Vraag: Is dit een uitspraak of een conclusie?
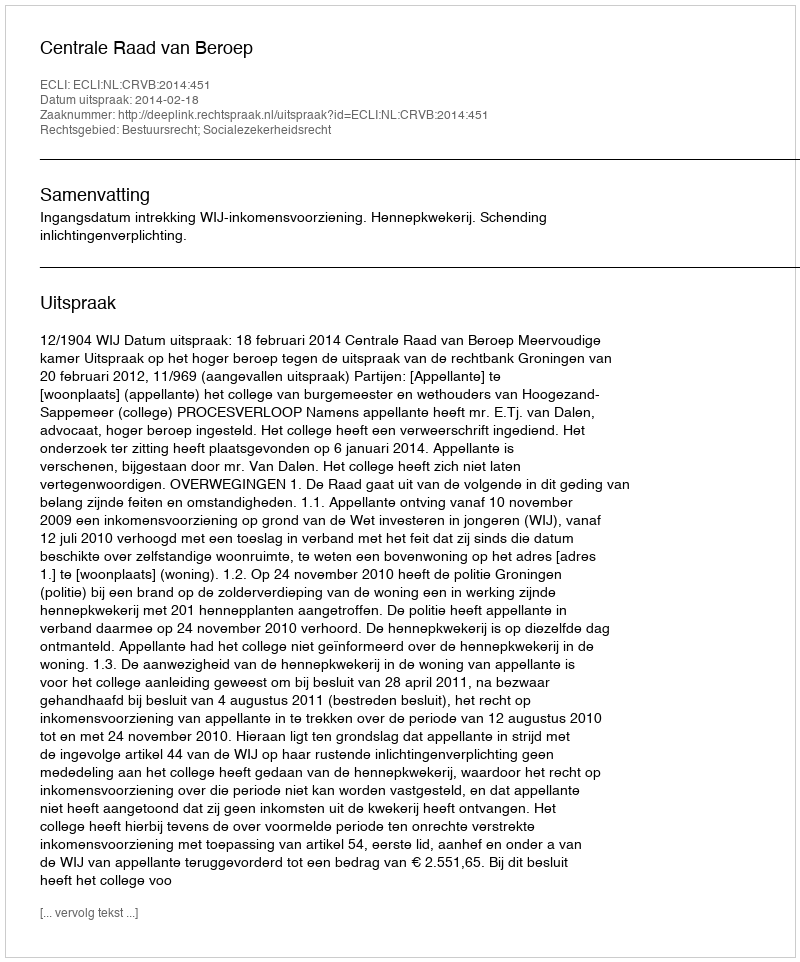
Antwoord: Uitspraak